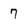
Character: 7